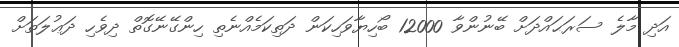
އަދި މާލެ ސަރަޙައްދަށް ބޭނުންވާ 12000 ބޯހިޔާވަހިކަން ދަތިކަމެއްނެތި ހިންގޭނޭގޮތް ދިވެހި ދަޢުލަތަށް